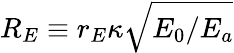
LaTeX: R_{E}\equiv r_{E}\kappa\sqrt{E_{0}/E_{a}}